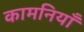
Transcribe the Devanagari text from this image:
कामनियाँ